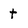
Character: t